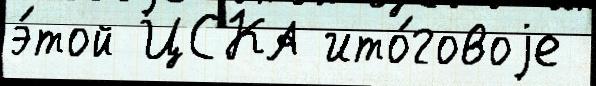
э́той ЦСКА ито́говоjе